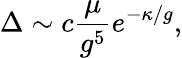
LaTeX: \Delta\sim c{\frac{\mu}{g^{5}}}e^{-\kappa/g},